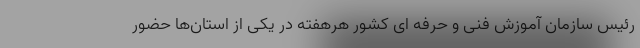
رئیس سازمان آموزش فنی و حرفه ای کشور هرهفته در یکی از استان‌ها حضور